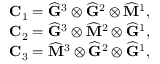
\begin{array} { r } { \mathbf { C } _ { 1 } = \widehat { \mathbf { G } } ^ { 3 } \otimes \widehat { \mathbf { G } } ^ { 2 } \otimes \widehat { \mathbf { M } } ^ { 1 } , } \\ { \mathbf { C } _ { 2 } = \widehat { \mathbf { G } } ^ { 3 } \otimes \widehat { \mathbf { M } } ^ { 2 } \otimes \widehat { \mathbf { G } } ^ { 1 } , } \\ { \mathbf { C } _ { 3 } = \widehat { \mathbf { M } } ^ { 3 } \otimes \widehat { \mathbf { G } } ^ { 2 } \otimes \widehat { \mathbf { G } } ^ { 1 } , } \end{array}